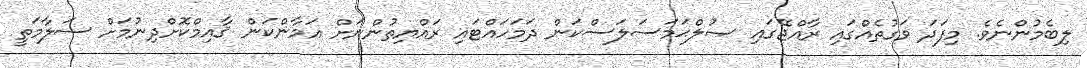
ލިބެމުންނެވެ. މިފަދަ ވަގުތެއްގައި ރާއްޖޭގައި ޞުލްޙަމަސަލަސްކަން ދަމަހައްޓައި ރައްޔިތުންނަށް އަމާންކަން ޤާއިމްކޮށްދިނުމަށް ސަލާމަތީ